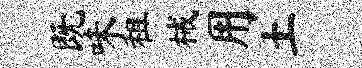
既味租械用土